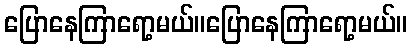
ပြောနေကြာရော့မယ်။ပြောနေကြာရော့မယ်။